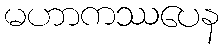
မဟာကဿပေန